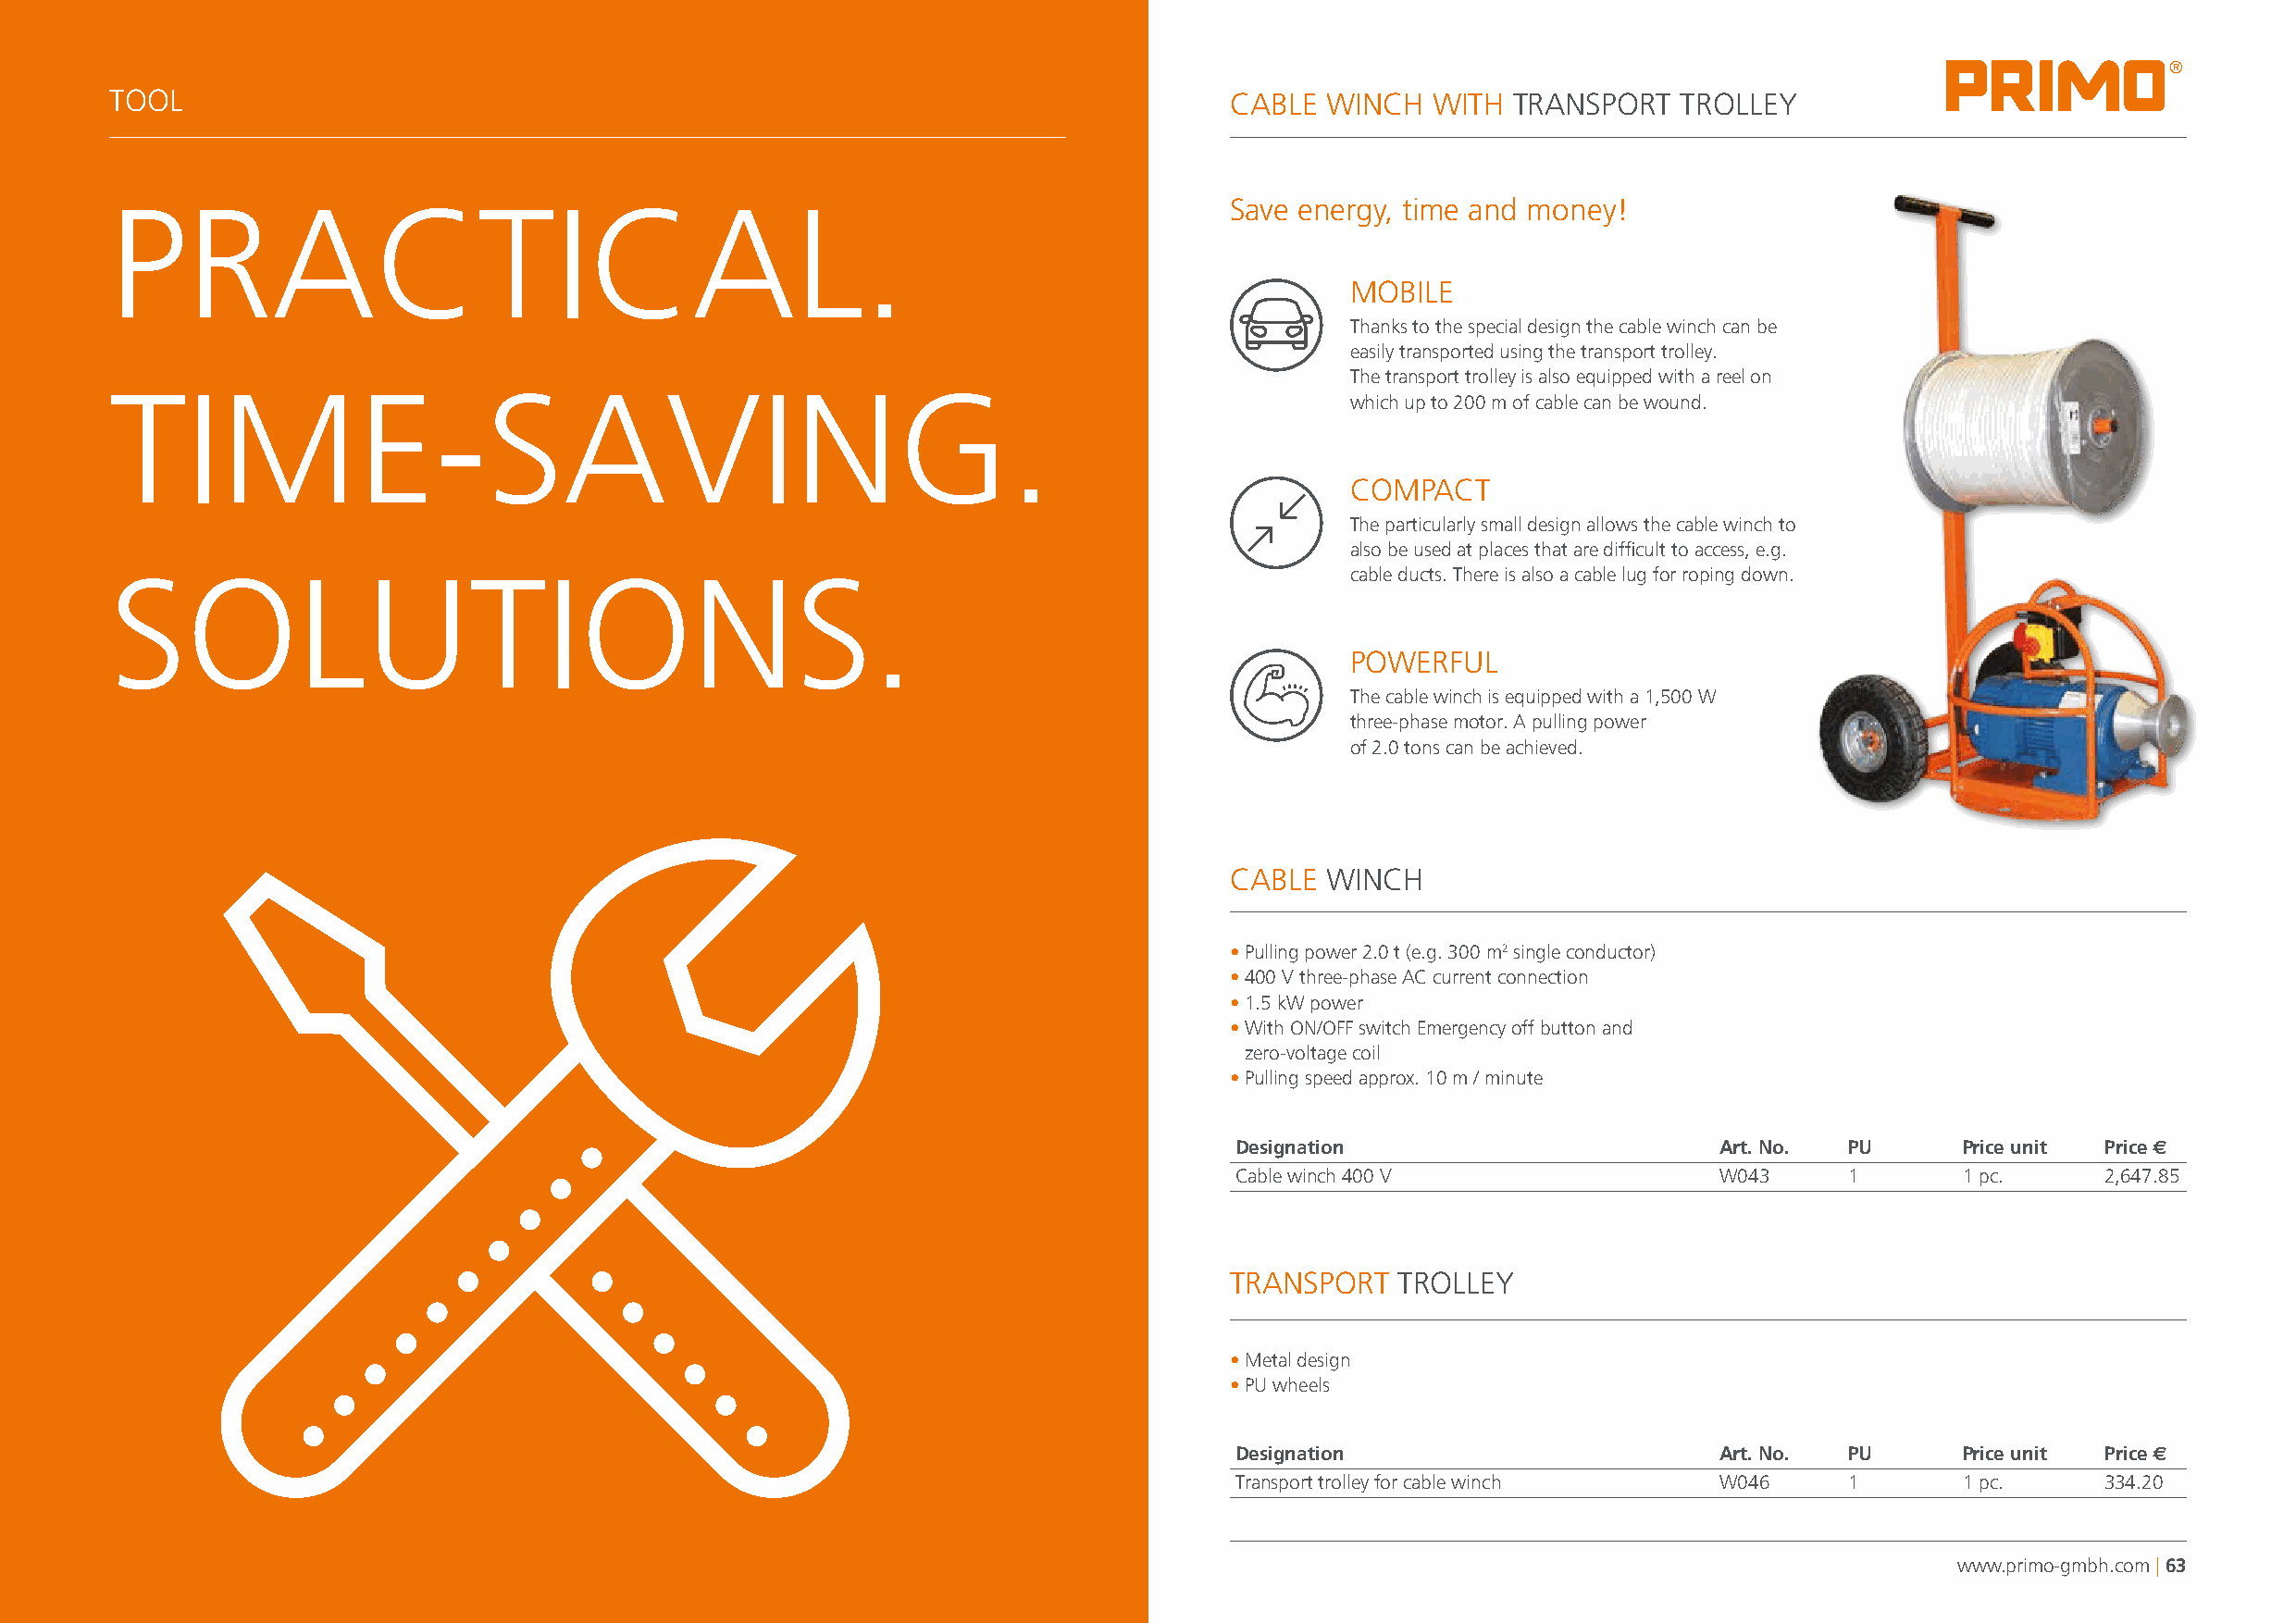
®
 TOOL                                                                            CABLE  WINCH  WITH  TRANSPORT   TROLLEY
 PRACTICAL.                                                                      Save energy, time and money!
 MOBILE
 Thanks to the special design the cable winch can be
 easily transported using the transport trolley.
 The transport trolley is also equipped with a reel on
 TIME-SAVING.
 which up to 200 m of cable can be wound.
 COMPACT
 The particularly small design allows the cable winch to
 also be used at places that are difficult to access, e.g.
 SOLUTIONS.                                                                               cable ducts. There is also a cable lug for roping down.
 POWERFUL
 The cable winch is equipped with a 1,500 W
 three-phase motor. A pulling power
 of 2.0 tons can be achieved.
 CABLE  WINCH
 • Pulling power 2.0 t (e.g. 300 m2 single conductor)
 • 400 V three-phase AC current connection
 • 1.5 kW power
 • With ON/OFF switch Emergency off button and
 zero-voltage coil
 • Pulling speed approx. 10 m / minute
 Designation                        Art. No. PU      Price unit Price s
 Cable winch 400 V                  W043     1       1 pc.      2,647.85
 TRANSPORT   TROLLEY
 • Metal design
 • PU wheels
 Designation                        Art. No. PU      Price unit Price s
 Transport trolley for cable winch  W046     1       1 pc.      334.20
 www.primo-gmbh.com | 63